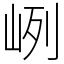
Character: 峢